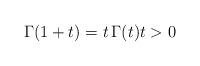
LaTeX: \begin{align*}\Gamma(1+t)=t\,\Gamma(t) t>0\end{align*}